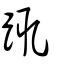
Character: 踂